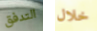
التدفق خلال